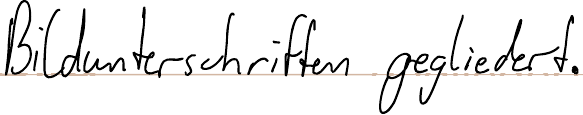
Bildunterschriften gegliedert.